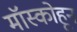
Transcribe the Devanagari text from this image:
मॉस्कोहून